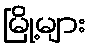
မြို့များ